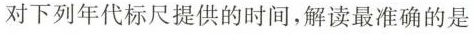
对下列年代标尺提供的时间，解读最准确的是